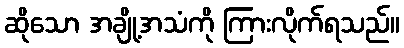
ဆိုသော အချို့အသံကို ကြားလိုက်ရသည်။